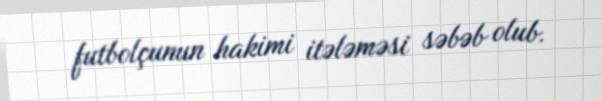
futbolçunun hakimi itələməsi səbəb olub.